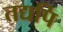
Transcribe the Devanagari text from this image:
तद्यपि